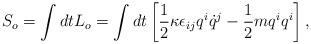
LaTeX: \begin{align*}S_o = \int dt L_o = \int dt \left[ \frac{1}{2} {\kappa} \epsilon_{ij} q^i \dot{q}^j - \frac{1}{2} m q^i q^i \right],\end{align*}